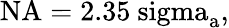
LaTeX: \mathrm{{NA}=2.35\ sigma_{a},}